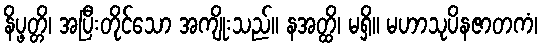
နိပ္ဖတ္တိ၊ အပြီးတိုင်သော အကျိုးသည်။ နအတ္ထိ၊ မရှိ။ မဟာသုပိနဇာတကံ၊